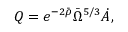
Q = e ^ { - 2 \bar { \rho } } \bar { \Omega } ^ { 5 / 3 } \dot { A } ,